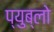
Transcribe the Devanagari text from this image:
प्युब्लो